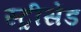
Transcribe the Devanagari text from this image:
स्ट्रीसेंड